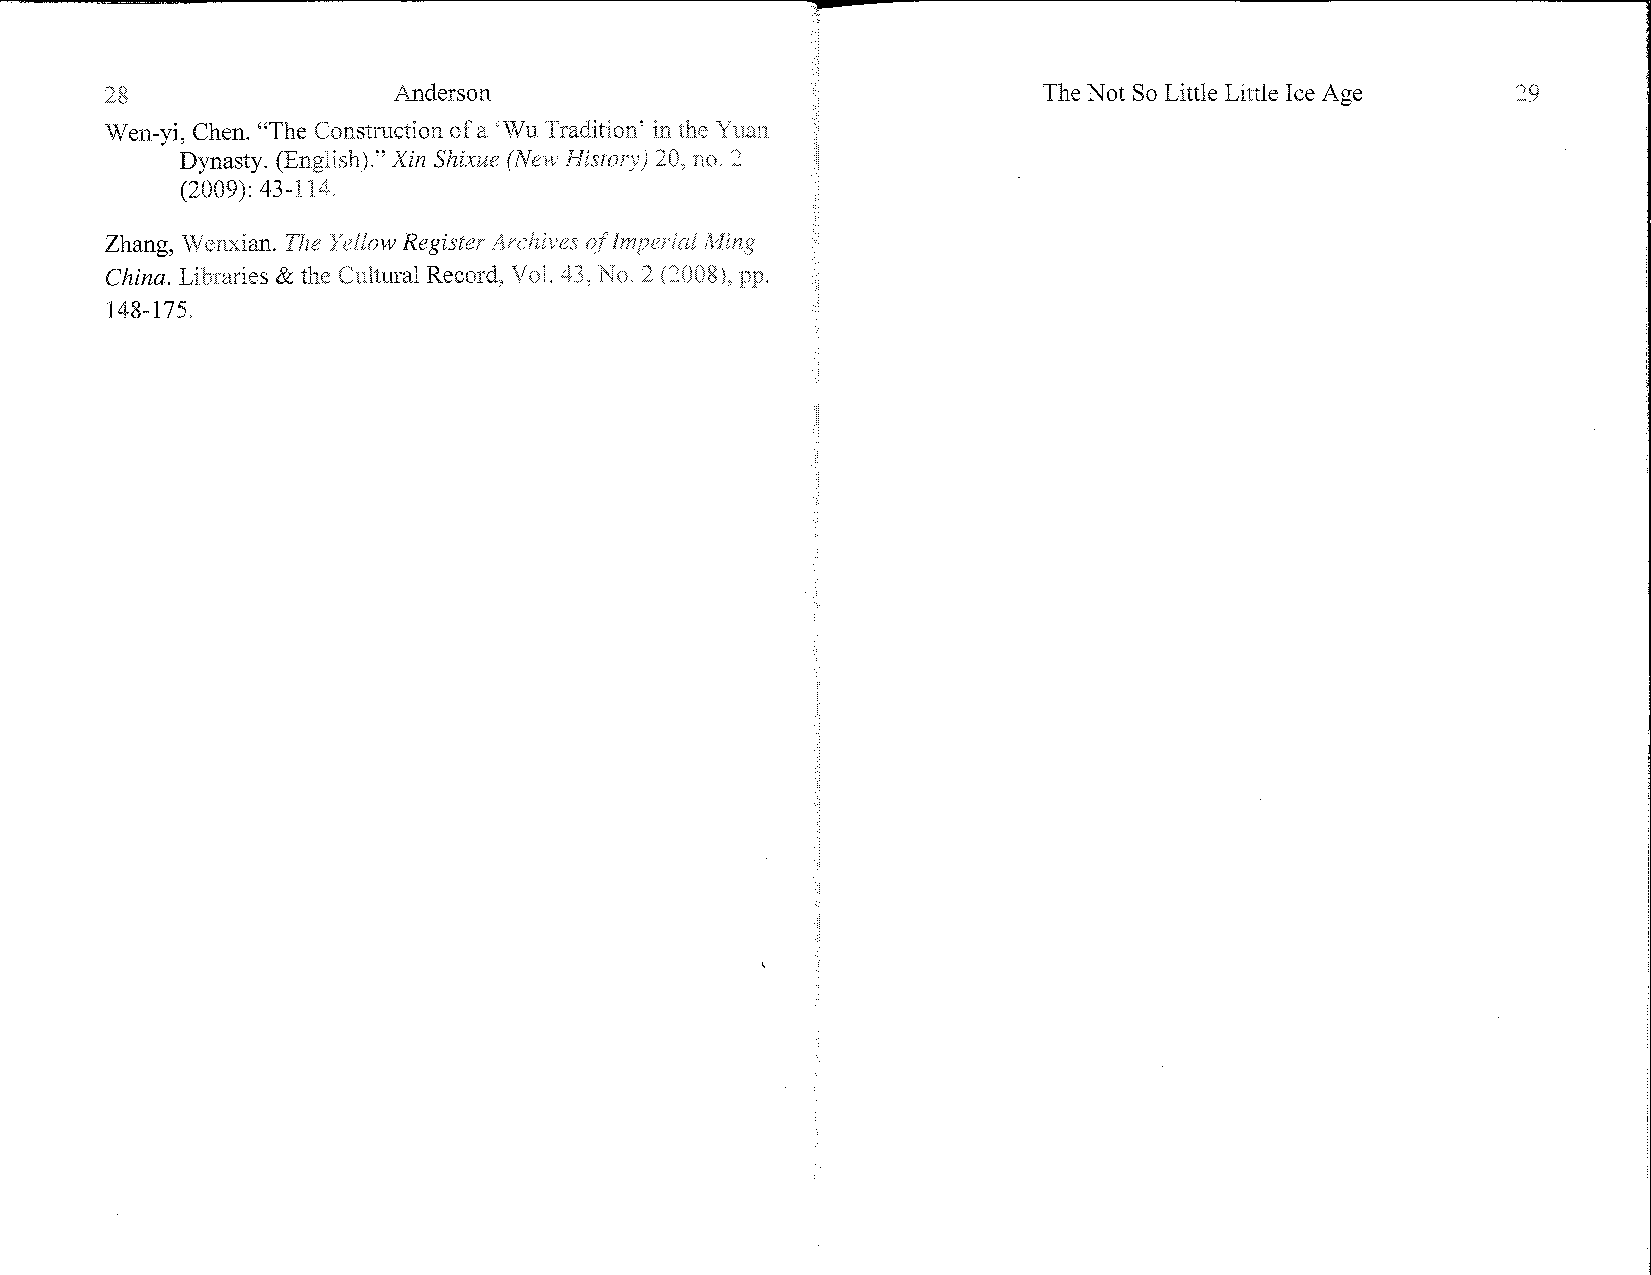
28                 Anderson                                   The Not So Little Little Ice Age 29
 Wen-yi, Chen. "The Construction of a 'Wu Tradition' in the Yuan
 Dynasty. (English)." Xin Shixue (New History) 20, no. 2
 (2009): 43-114.
 Zhang, Wenxian. The Yellow Register Archives of Imperial 1vling
 China. Libraries & the Cultural Record, Vol. 43, No. 2 (2008), pp.
 148-175.